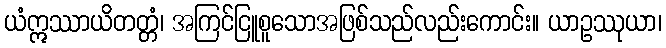
ယံဣဿာယိတတ္တံ၊ အကြင်ငြူစူသောအဖြစ်သည်လည်းကောင်း။ ယာဥဿုယာ၊